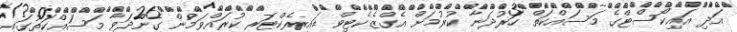
އަދި އައިކޯސްޓްގެ މަސައްކަތް ހަރުދަނާ ކުރުމަށް އެގްޒެކެޓިވް ޑައިރެކްޓަރ ކުރައްވަމުން ގެންދަވާ މަސައްކަތުގައި